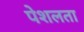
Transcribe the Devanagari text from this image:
पेशलता